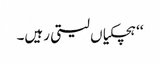
‘‘ ہچکیاں لیتی رہیں۔